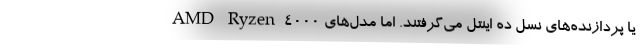
AMD Ryzen 4000 یا پردازنده‌های نسل ده اینتل می‌گرفتند. اما مدل‌های